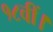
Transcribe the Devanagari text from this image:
१८वीं।